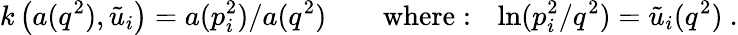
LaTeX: k\left(a(q^{2}),{\tilde{u}}_{i}\right)=a(p_{i}^{2})/a(q^{2})\qquad\mathrm{where:~}\ \ln(p_{i}^{2}/q^{2})={\tilde{u}}_{i}(q^{2})\ .